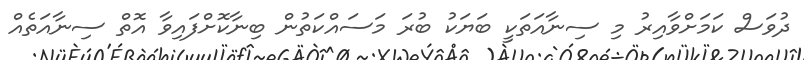
ދުވަސް ކަމަށްވާއިރު މި ސިނާއަތަކީ ބަޔަކު ބުރަ މަސައްކަތުން ބިނާކޮށްފައިވާ އޮތް ސިނާއަތެއް